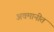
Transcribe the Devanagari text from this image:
अवमानीत